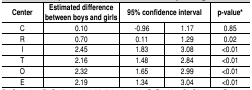
<table><thead><tr><td><b>Center</b></td><td><b>Estimated difference between boys and girls</b></td><td colspan="2"><b>95% confidence interval </b></td><td><b>p-value*</b></td></tr></thead><tbody><tr><td>C</td><td>0.10</td><td>-0.96</td><td>1.17</td><td>0.85</td></tr><tr><td>R</td><td>0.70</td><td>0.11</td><td>1.29</td><td>0.02</td></tr><tr><td>I</td><td>2.45</td><td>1.83</td><td>3.08</td><td>&lt;0.01</td></tr><tr><td>T</td><td>2.16</td><td>1.48</td><td>2.84</td><td>&lt;0.01</td></tr><tr><td>O</td><td>2.32</td><td>1.65</td><td>2.99</td><td>&lt;0.01</td></tr><tr><td>E</td><td>2.19</td><td>1.34</td><td>3.04</td><td>&lt;0.01</td></tr></tbody></table>